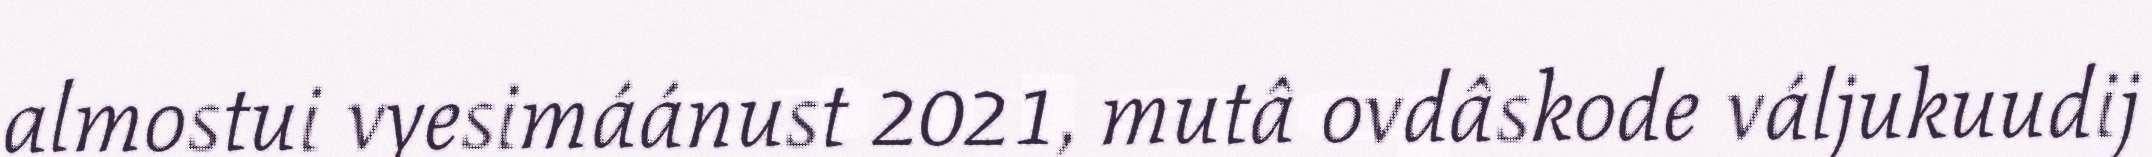
almostui vyesimáánust 2021, mutâ ovdâskode váljukuudij